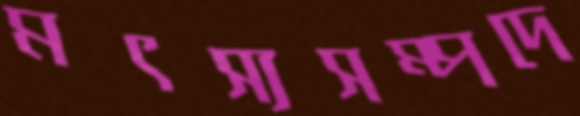
মৎস্যসম্পদে